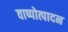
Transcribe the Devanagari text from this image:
वाष्पोत्पादन